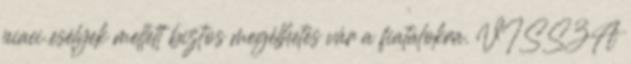
piaci esélyek mellett biztos megélhetés vár a fiatalokra. VISSZA